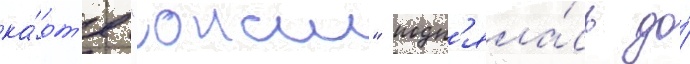
ка́рт'е "онаи" подн'яла́сь до́